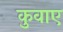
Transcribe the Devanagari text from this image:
कुवाए